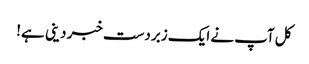
کل آپ نے ایک زبردست خبر دینی ہے!